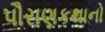
પૌરાણકથાનો